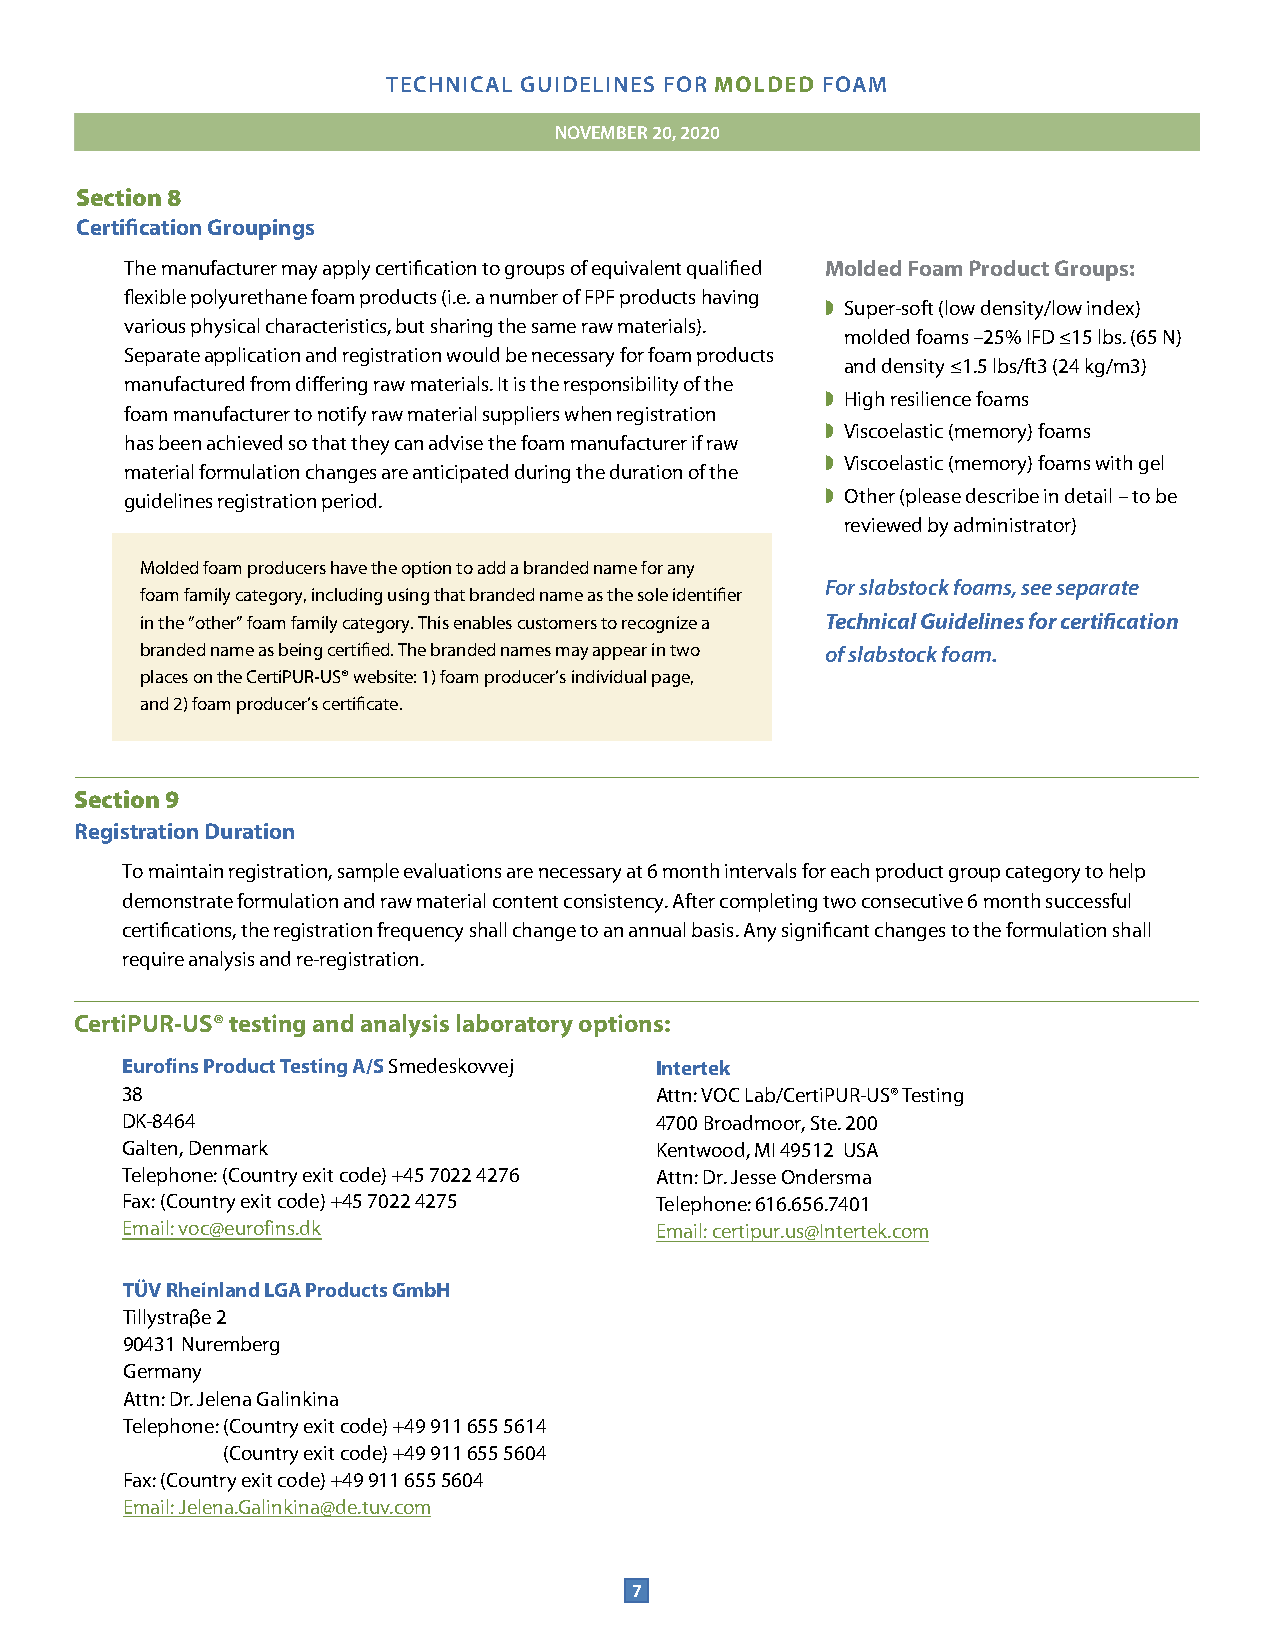
TECHNICAL GUIDELINES FOR MOLDED FOAM
 NOJAVNEUMABREYR 12,0 2, 2002200
 Section 8
 Certification Groupings
 The manufacturer may apply certification to groups of equivalent qualified Molded Foam Product Groups:
 flexible polyurethane foam products (i.e. a number of FPF products having
 ◗ Super-soft (low density/low index)
 various physical characteristics, but sharing the same raw materials).
 molded foams –25% IFD ≤15 lbs. (65 N)
 Separate application and registration would be necessary for foam products
 and density ≤1.5 lbs/ft3 (24 kg/m3)
 manufactured from differing raw materials. It is the responsibility of the
 ◗ High resilience foams
 foam manufacturer to notify raw material suppliers when registration
 ◗ Viscoelastic (memory) foams
 has been achieved so that they can advise the foam manufacturer if raw
 ◗ Viscoelastic (memory) foams with gel
 material formulation changes are anticipated during the duration of the
 guidelines registration period.                ◗ Other (please describe in detail – to be
 reviewed by administrator)
 Molded foam producers have the option to add a branded name for any
 For slabstock foams, see separate
 foam family category, including using that branded name as the sole identifier
 in the “other” foam family category. This enables customers to recognize a Technical Guidelines for certificatio n
 branded name as being certified. The branded names may appear in two of slabstock foam.
 places on the CertiPUR-US® website: 1) foam producer’s individual page,
 and 2) foam producer’s certificate.
 Section 9
 Registration Duration
 To maintain registration, sample evaluations are necessary at 6 month intervals for each product group category to help
 demonstrate formulation and raw material content consistency. After completing two consecutive 6 month successful
 certifications, the registration frequency shall change to an annual basis. Any significant changes to the formulation shall
 require analysis and re-registration.
 CertiPUR-US® testing and analysis laboratory options:
 Eurofins Product Testing A/S Smedeskovvej Intertek
 38                                 Attn: VOC Lab/CertiPUR-US® Testing
 DK-8464                            4700 Broadmoor, Ste. 200
 Galten, Denmark                    Kentwood, MI 49512 USA
 Telephone: (Country exit code) +45 7022 4276 Attn: Dr. Jesse Ondersma
 Fax: (Country exit code) +45 7022 4275 Telephone: 616.656.7401
 Email: voc@eurofins.dk             Email: certipur.us@Intertek.com
 TÜV Rheinland LGA Products GmbH
 Tillystraβe 2
 90431 Nuremberg
 Germany
 Attn: Dr. Jelena Galinkina
 Telephone: (Country exit code) +49 911 655 5614
 (Country exit code) +49 911 655 5604
 Fax: (Country exit code) +49 911 655 5604
 Email: Jelena.Galinkina@de.tuv.com
 7